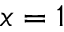
x = 1